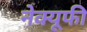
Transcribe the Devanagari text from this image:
नेक्यूफी